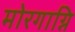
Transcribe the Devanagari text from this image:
मोरगाग्नि